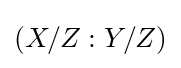
(X/Z:Y/Z)